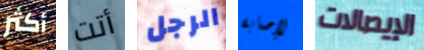
أكثر أتت الرجل لإصابة الإيصالات